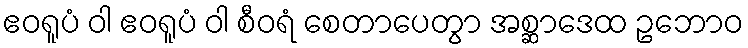
ဧဝရူပံ ဝါ ဧဝရူပံ ဝါ စီဝရံ စေတာပေတွာ အစ္ဆာဒေထ ဥဘောဝ